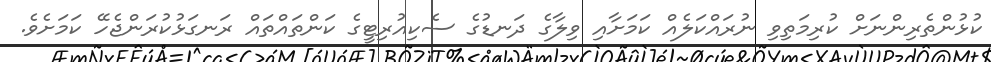
ކުޅުންތެރިންނަށް ކުރިމަތިވި ނުރައްކަލެއް ކަމަށާއި ވިލާގެ ދަނޑުގެ ސެކިއުރިޓީގެ ކަންތައްތައް ރަނގަޅުކުރަންޖެހޭ ކަމަށެވެ.